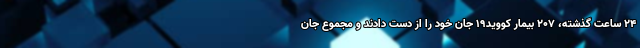
۲۴ ساعت گذشته، ۲۰۷ بیمار کووید۱۹ جان خود را از دست دادند و مجموع جان